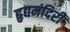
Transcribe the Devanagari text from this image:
हृद्यमंदिरीं